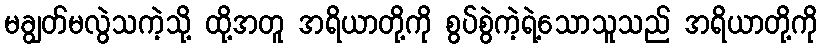
မချွတ်မလွဲသကဲ့သို့ ထို့အတူ အရိယာတို့ကို စွပ်စွဲကဲ့ရဲ့သောသူသည် အရိယာတို့ကို